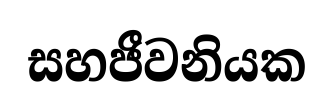
සහජීවනියක